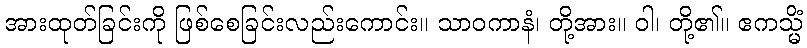
အားထုတ်ခြင်းကို ဖြစ်စေခြင်းလည်းကောင်း။ သာဝကာနံ၊ တို့အား။ ဝါ၊ တို့၏။ ဧကသ္မိံ